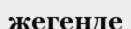
жегенде